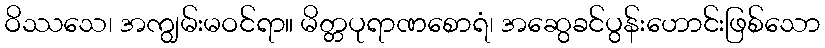
ဝိဿသေ၊ အကျွမ်းမဝင်ရာ။ မိတ္တပုရာဏစောရံ၊ အဆွေခင်ပွန်းဟောင်းဖြစ်သော